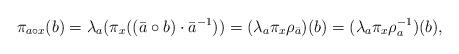
LaTeX: \begin{align*}\pi_{a\circ x}(b) = \lambda_a(\pi_x((\bar{a}\circ b)\cdot\bar{a}^{-1})) = (\lambda_a\pi_x\rho_{\bar{a}})(b) = (\lambda_a \pi_x \rho_a^{-1})(b),\end{align*}